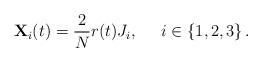
\begin{align*}{\bf X}_i(t) = {2 \over N} r(t) J_i, \;\;\;\;\; i \in \{1, 2, 3\}\,.\end{align*}